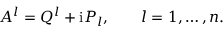
A ^ { l } = Q ^ { l } + \mathrm { i } P _ { l } , \qquad l = 1 , \ldots , n .